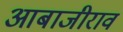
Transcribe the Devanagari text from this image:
आबाजीराव